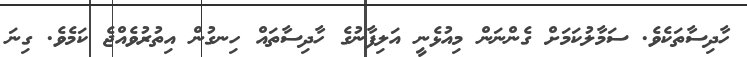
ހާދިސާތަކެވެ. ސަމާލުކަމަށް ގެންނަން މިއުޅެނީ އަލިފާނުގެ ހާދިސާތައް ހިނގުން އިތުރުވެއްޖެ ކަމެވެ. ގިނަ